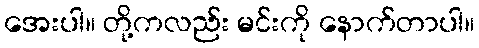
အေးပါ။ တို့ကလည်း မင်းကို နောက်တာပါ။